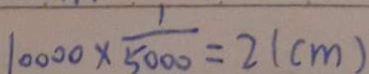
1 0 0 0 0 \times \frac { 1 } { 5 0 0 0 } = 2 ( c m )